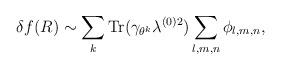
LaTeX: \begin{align*}\delta f(R) \sim \sum_{k} \mbox{Tr}(\gamma_{\theta^k} \lambda^{(0)2}) \sum_{l,m,n}\phi_{l,m,n},\end{align*}